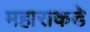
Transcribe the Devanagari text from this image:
महाराकडे